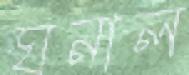
ঘনাল